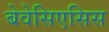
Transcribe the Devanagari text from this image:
बेवेसिएसिस